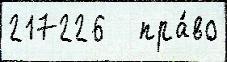
217226   пра́во